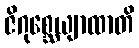
ဇိဂုစ္ဆေယျာထာတိ